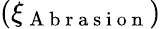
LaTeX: (\xi_{\mathrm{~A~b~r~a~s~i~o~n~}})